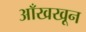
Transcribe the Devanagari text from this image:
आँखखून